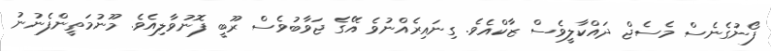
ފޯނުގެނެސް މެސެޖް ދައްކާލީވެސް ޒާކްއެވެ. ގިނައިރެއްނުވެ އޭގެ ޖަވާބުވެސް ރޫބީ ފޮނުވާލިއެވެ. މޫނުމަތީންފެނުނު